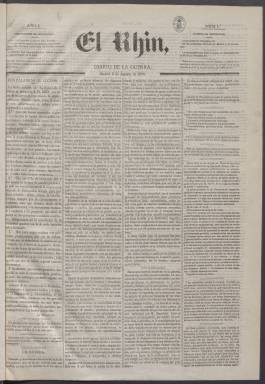
Título: El Rhin (Madrid)
Colección: Periódicos
Ámbito geográfico: Madrid
Lugar de publicación: Madrid
Fechas: 01/01/1870-20/09/1870